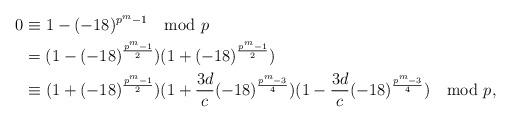
LaTeX: \begin{align*} 0 &\equiv 1 - (-18)^{p^m-1} \mod p \\ & = (1 - (-18)^{\frac{p^m-1}{2}})(1 + (-18)^{\frac{p^m-1}{2}}) \\ & \equiv (1 + (-18)^{\frac{p^m-1}{2}})(1 + \frac{3d}{c}(-18)^{\frac{p^m-3}{4}})(1 - \frac{3d}{c}(-18)^{\frac{p^m-3}{4}}) \mod p,\end{align*}